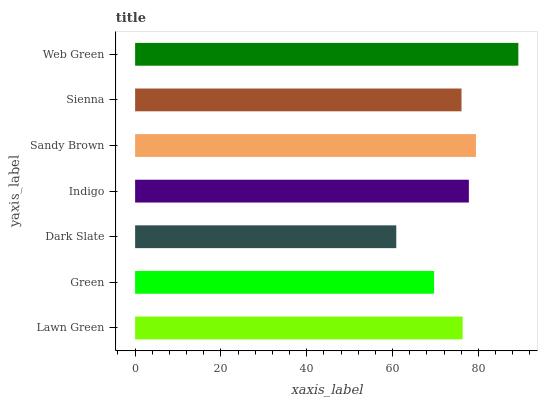
| yaxis_label | bars |
 | --- | --- |
 | Lawn Green | 76.3 |
 | Green | 69.7 |
 | Dark Slate | 60.9 |
 | Indigo | 77.8 |
 | Sandy Brown | 79.4 |
 | Sienna | 76.1 |
 | Web Green | 89.3 |